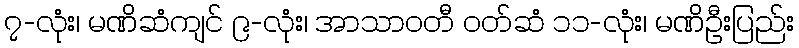
၇-လုံး၊ မဏိဆံကျင် ၉-လုံး၊ အာသာဝတီ ဝတ်ဆံ ၁၁-လုံး၊ မဏိဦးပြည်း